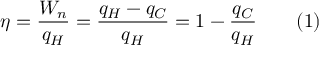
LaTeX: \eta = { \frac { W _ { n } } { q _ { H } } } = { \frac { q _ { H } - q _ { C } } { q _ { H } } } = 1 - { \frac { q _ { C } } { q _ { H } } } \qquad ( 1 )